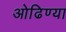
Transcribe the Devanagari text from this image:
ओढिण्या